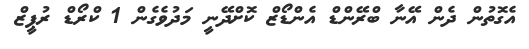
އެގޮތުން ދެން އޭނާ ބްރޭންޑް އެންޑޯޒް ކޮށްދޭނީ މަދުވެގެން 1 ކްރޯޑް ރުޕީޒް